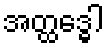
အတ္ထဒ္ဓေါ